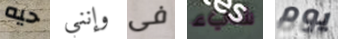
حيه وإنني فى شيء يوم